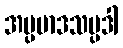
အပ္ပမာဒသမ္ပဒါ